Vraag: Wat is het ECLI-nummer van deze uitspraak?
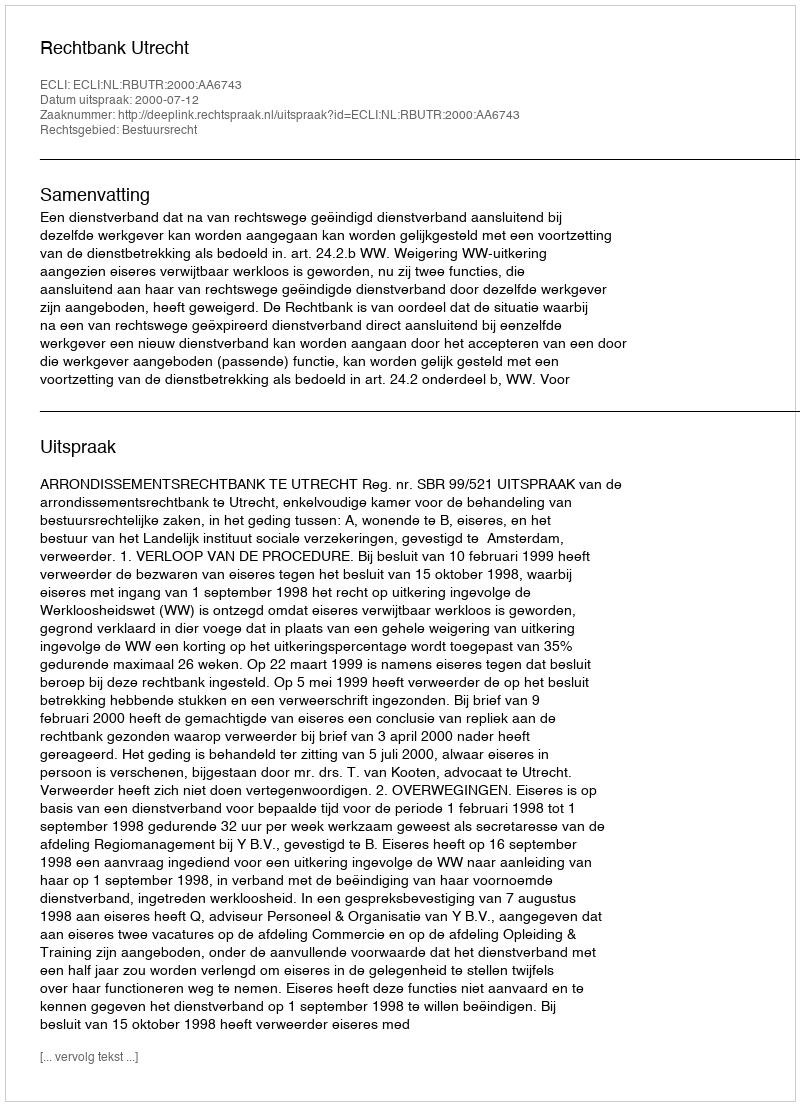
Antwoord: ECLI:NL:RBUTR:2000:AA6743